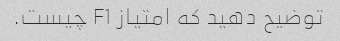
توضیح دهید که امتیاز F1 چیست.